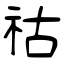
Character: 祜